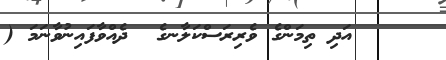
٥٨    އަދި ތިމަންގެ ވެރިރަސްކަލާނގެ  ދެއްވާފައިނުވާނަމަ (